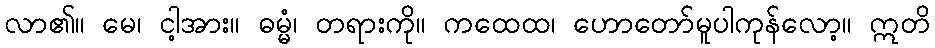
လာ၏။ မေ၊ ငါ့အား။ ဓမ္မံ၊ တရားကို။ ကထေထ၊ ဟောတော်မူပါကုန်လော့။ ဣတိ